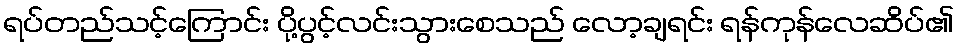
ရပ်တည်သင့်ကြောင်း ပို့ပွင့်လင်းသွားစေသည် လော့ချရင်း ရန်ကုန်လေဆိပ်၏